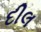
દીલ